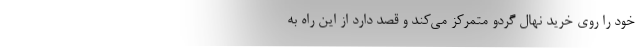
خود را روی خرید نهال گردو متمرکز می­­‌کند و قصد دارد از این راه به